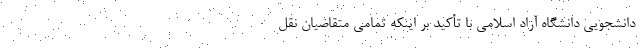
دانشجویی دانشگاه آزاد اسلامی با تأکید بر اینکه تمامی متقاضیان نقل